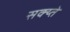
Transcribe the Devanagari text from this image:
सक्य्ते